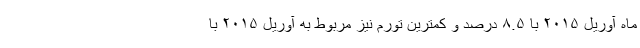
ماه آوریل ۲۰۱۵ با ۸.۵ درصد و کمترین تورم نیز مربوط به آوریل ۲۰۱۵ با